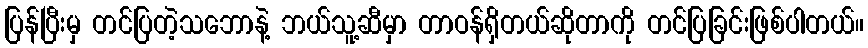
ပြန်ပြီးမှ တင်ပြတဲ့သဘောနဲ့ ဘယ်သူ့ဆီမှာ တာဝန်ရှိတယ်ဆိုတာကို တင်ပြခြင်းဖြစ်ပါတယ်။